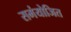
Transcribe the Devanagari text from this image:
समंयोजित